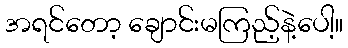
အရင်တော့ ချောင်းမကြည့်နဲ့ပေါ့။